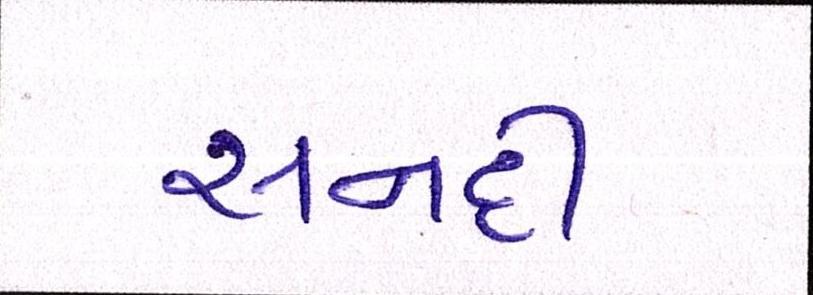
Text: સનદી